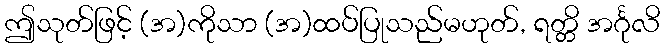
ဤသုတ်ဖြင့် (အ)ကိုသာ (အ)ထပ်ပြုသည်မဟုတ်, ရတ္တိ အင်္ဂုလိ